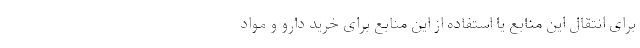
برای انتقال این منابع یا استفاده از این منابع برای خرید دارو و مواد